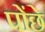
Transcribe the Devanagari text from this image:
पोंछे